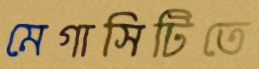
মেগাসিটিতে